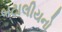
બટાલીયનો